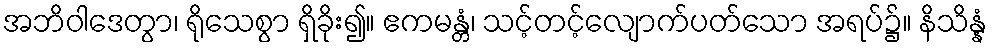
အဘိဝါဒေတွာ၊ ရိုသေစွာ ရှိခိုး၍။ ဧကမန္တံ၊ သင့်တင့်လျောက်ပတ်သော အရပ်၌။ နိသိန္နံ